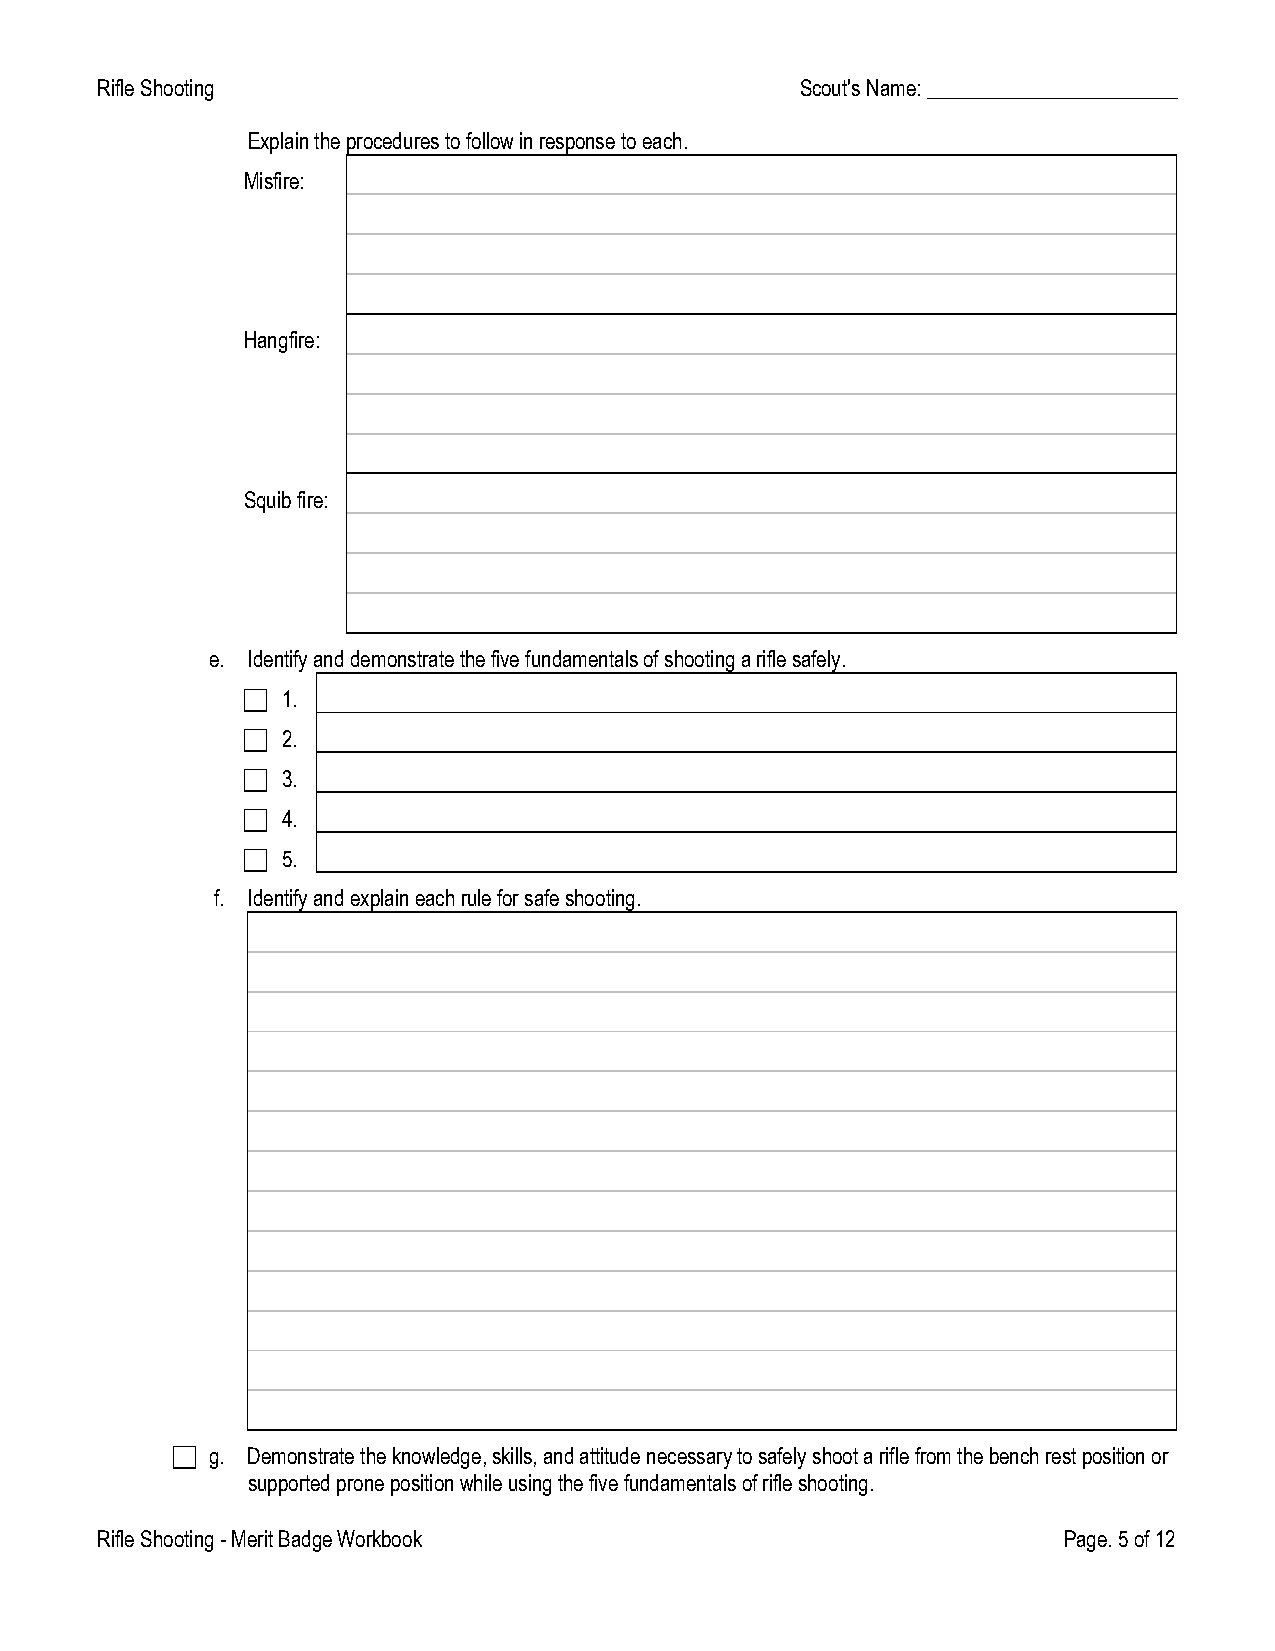
RifleShooting                                  Scout'sName:________________________
 Explaintheprocedurestofollowinresponsetoeach.
 Misfire:
 Hangfire:
 Squibfire:
 e. Identifyanddemonstratethefivefundamentalsofshootingariflesafely.
   1.
   2.
   3.
   4.
   5.
 f. Identifyandexplaineachruleforsafeshooting.
   g. Demonstratetheknowledge,skills,andattitudenecessarytosafelyshootariflefromthebenchrestpositionor
 supportedpronepositionwhileusingthefivefundamentalsofrifleshooting.
 RifleShooting-MeritBadgeWorkbook                                Page.5of12